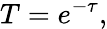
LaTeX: T=e^{-\tau},